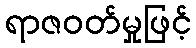
ရာဇဝတ်မှုဖြင့်